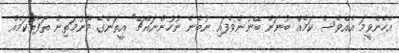
އެހެންވީމަ އެއްވެސް ކަމެއް ބުނަން ބޭނުންވެފައި ނުބެނެ ނުހުންނައްޗޭ" އީތަންގެ މޫނުމަތިން ތަފާތުކަމެއް